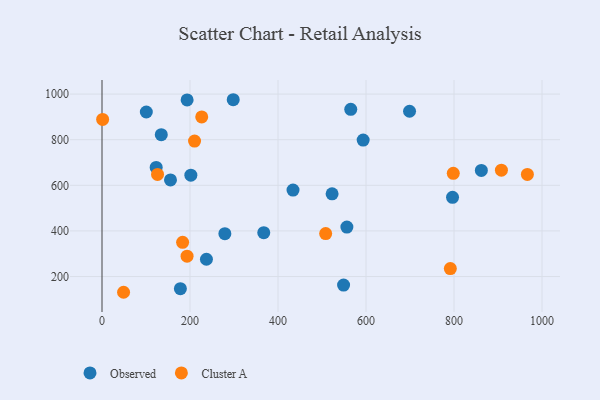
{"axis": {"x": "Speed", "y": "Sales"}, "legend": ["Cluster A", "Observed"], "data": [{"x": "367.6", "y": 392.4, "type": "Observed"}, {"x": "565.3", "y": 933.1, "type": "Observed"}, {"x": "556.5", "y": 416.9, "type": "Observed"}, {"x": "698.9", "y": 924.7, "type": "Observed"}, {"x": "134.7", "y": 822.0, "type": "Observed"}, {"x": "298.2", "y": 975.2, "type": "Observed"}, {"x": "123.1", "y": 678.4, "type": "Observed"}, {"x": "201.9", "y": 644.4, "type": "Observed"}, {"x": "522.9", "y": 562.8, "type": "Observed"}, {"x": "593.5", "y": 798.4, "type": "Observed"}, {"x": "178.1", "y": 147.0, "type": "Observed"}, {"x": "796.6", "y": 547.1, "type": "Observed"}, {"x": "100.7", "y": 921.4, "type": "Observed"}, {"x": "279.2", "y": 387.9, "type": "Observed"}, {"x": "155.6", "y": 623.4, "type": "Observed"}, {"x": "193.4", "y": 974.2, "type": "Observed"}, {"x": "862.1", "y": 665.1, "type": "Observed"}, {"x": "434.1", "y": 578.9, "type": "Observed"}, {"x": "549.0", "y": 162.5, "type": "Observed"}, {"x": "237.3", "y": 275.8, "type": "Observed"}, {"x": "1.4", "y": 888.8, "type": "Cluster A"}, {"x": "508.3", "y": 388.2, "type": "Cluster A"}, {"x": "966.7", "y": 647.5, "type": "Cluster A"}, {"x": "126.2", "y": 647.7, "type": "Cluster A"}, {"x": "907.7", "y": 666.2, "type": "Cluster A"}, {"x": "791.6", "y": 234.8, "type": "Cluster A"}, {"x": "798.3", "y": 652.7, "type": "Cluster A"}, {"x": "183.2", "y": 349.9, "type": "Cluster A"}, {"x": "193.3", "y": 289.4, "type": "Cluster A"}, {"x": "49.0", "y": 131.0, "type": "Cluster A"}, {"x": "226.6", "y": 899.8, "type": "Cluster A"}, {"x": "210.3", "y": 793.8, "type": "Cluster A"}]}